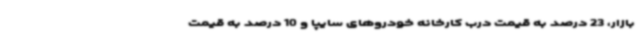
بازار، 23 درصد به قیمت درب کارخانه خودروهای سایپا و 10 درصد به قیمت